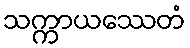
သက္ကာယဿေတံ